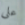
على